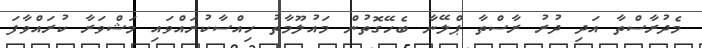
މެދުރާސްތާ އަދި ދުރު ރާސްތާ ޕްލޭނާ ބެހޭގޮތުން މައުލޫމާތު ހިއްސާކުރައްވައި މަޝްވަރާ ކުރައްވާފަ